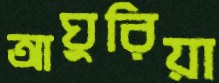
আঘুরিয়া